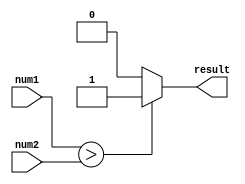
module magnitude_comparator (
    input [7:0] num1,
    input [7:0] num2,
    output result
);

reg result;

always @(*) begin
    if (num1 > num2) begin
        result = 1; // num1 is greater
    end else if (num1 < num2) begin
        result = 0; // num2 is greater
    end else begin
        result = 2; // numbers are equal
    end
end

endmodule